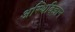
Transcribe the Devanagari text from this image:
अस्थिविज्ञान